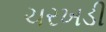
ચરખડી